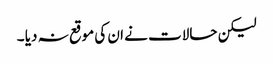
لیکن حالات نے ان کی موقع نہ دیا ۔